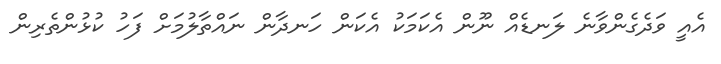
އެއީ ވަދެގެންވާނެ ލަނޑެއް ނޫން އެކަމަކު އެކަން ހަނދާން ނައްތާލުމަށް ފަހު ކުޅުންތެރިން